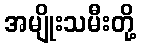
အမျိုးသမီးတို့